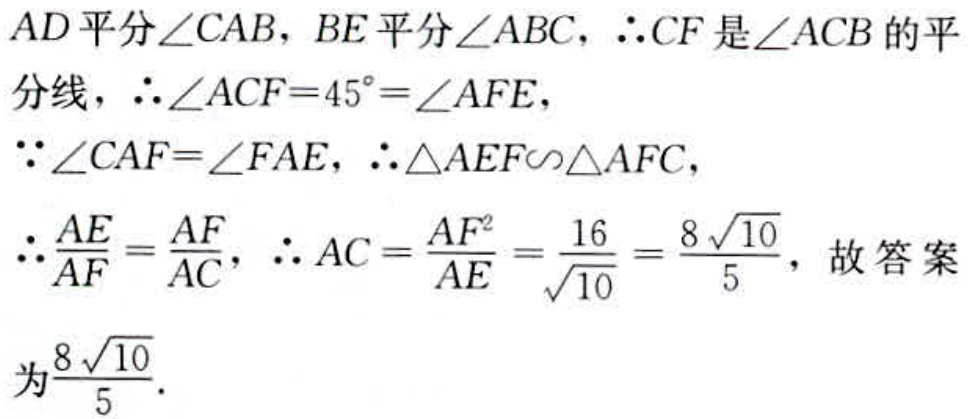
$AD平分\angle CAB，BE平分\angle ABC，\therefore CF是\angle ACB的平\\
分线，\therefore\angle ACF = 45^{\circ}=\angle AFE,\\
\because\angle CAF=\angle FAE，\therefore\triangle AEF\sim\triangle AFC,\\
\therefore\frac{AE}{AF}=\frac{AF}{AC}，\therefore AC=\frac{AF^{2}}{AE}=\frac{16}{\sqrt{10}}=\frac{8\sqrt{10}}{5}，故答案\\
为\frac{8\sqrt{10}}{5}.$